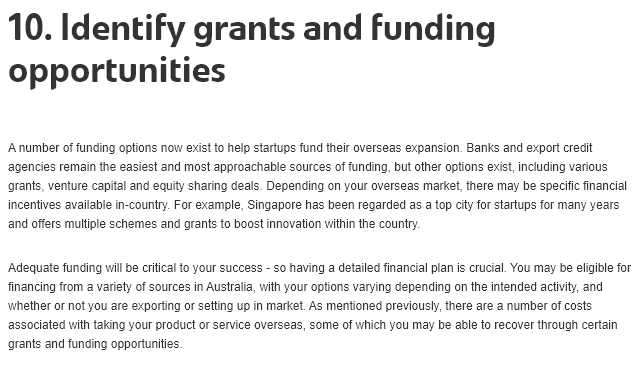
10.   Identify    grants    and    funding
  opportunities
  ‘Anumber of funding options now exist to help startups fund their overseas expansion. Banks and export credit
  agencies remain the easiest and most approachable sources of funding, but other options exist, including various
  grants, venture capital and equity sharing deals. Depending on your overseas market, there may be specific financial
  incentives available in-country. For example, Singapore has been regarded as a top city for startups for many years
  and offers muttiple schemes and grants to boost innovation within the country
  Adequate funding will be critical to your success - so having a detailed financial plan is crucial. You may be eligible for
  financing from a variety of sources in Australia, with your options varying depending on the intended activity, and
  whether or not you are exporting or setting up in market. As mentioned previously, there are a number of costs
  associated with taking your product or service overseas, some of which you may be able to recover through certain
  grants and funding opportunities.